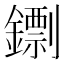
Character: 𨭚